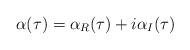
\begin{align*}\:\alpha (\tau ) = \alpha _{R}(\tau ) + i\alpha _{I}(\tau )\:\end{align*}